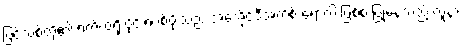
ပြင်သစ်တို့၏ ရက်ထရို ဗိုင်းရပ်စ်ပိုးသည် အေအိုင်ဒီအက်စ် ရောဂါ ဖြစ်စ ပြုနေသည့် လူနာ